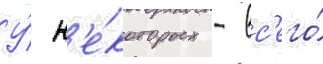
У́ н'е́которых - вс'его́